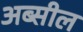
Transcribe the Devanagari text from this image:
अब्सील